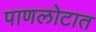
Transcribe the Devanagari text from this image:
पाणलोटात